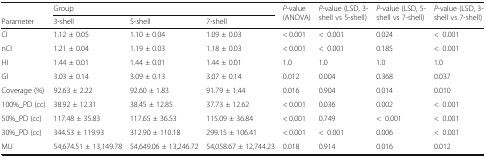
|  | <COLSPAN=3> Group | <ROWSPAN=2> P-value (ANOVA) | <ROWSPAN=2> P-value (LSD, 3-shell vs 5-shell) | <ROWSPAN=2> P-value (LSD, 5-shell vs 7-shell) | <ROWSPAN=2> P-value (LSD, 3-shell vs 7-shell) |
 | Parameter | 3-shell | 5-shell | 7-shell |
 | --- | --- | --- | --- | --- | --- | --- | --- |
 | CI | 1.12 ± 0.05 | 1.10 ± 0.04 | 1.09 ± 0.03 | < 0.001 | <0.001 | 0.024 | <0.001 |
 | nCI | 1.21 ± 0.04 | 1.19 ± 0.03 | 1.18 ± 0.03 | < 0.001 | <0.001 | 0.185 | <0.001 |
 | HI | 1.44 ± 0.01 | 1.44 ± 0.01 | 1.44 ± 0.01 | 1.0 | 1.0 | 1.0 | 1.0 |
 | GI | 3.03 ± 0.14 | 3.09 ± 0.13 | 3.07 ± 0.14 | 0.012 | 0.004 | 0.368 | 0.037 |
 | Coverage (%) | 92.63 ± 2.22 | 92.60 ± 1.83 | 91.79 ± 1.44 | 0.016 | 0.904 | 0.014 | 0.010 |
 | 100%_PD (cc) | 38.92 ± 12.31 | 38.45 ± 12.85 | 37.73 ± 12.62 | < 0.001 | 0.036 | 0.002 | <0.001 |
 | 50%_PD (cc) | 117.48 ± 35.83 | 117.65 ± 36.53 | 115.09 ± 36.84 | < 0.001 | 0.749 | <0.001 | <0.001 |
 | 30%_PD (cc) | 344.53 ± 119.93 | 312.90 ± 110.18 | 299.15 ± 106.41 | < 0.001 | <0.001 | 0.006 | <0.001 |
 | MU | 54,674.51 ± 13,149.78 | 54,649.06 ± 13,246.72 | 54,058.67 ± 12,744.23 | 0.018 | 0.914 | 0.016 | 0.012 |